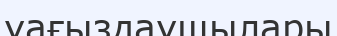
уағыздаушылары